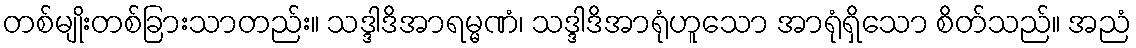
တစ်မျိုးတစ်ခြားသာတည်း။ သဒ္ဒါဒိအာရမ္မဏံ၊ သဒ္ဒါဒိအာရုံဟူသော အာရုံရှိသော စိတ်သည်။ အညံ